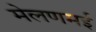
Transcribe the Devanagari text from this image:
मेलणमई